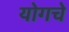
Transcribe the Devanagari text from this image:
योगचे